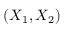
( X _ { 1 } , X _ { 2 } )